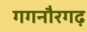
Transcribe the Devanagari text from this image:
गगनौरगढ़